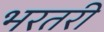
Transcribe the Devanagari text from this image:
भरतरी